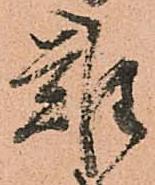
難